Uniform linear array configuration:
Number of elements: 48
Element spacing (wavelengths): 0.75
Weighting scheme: binomial
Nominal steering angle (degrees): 15
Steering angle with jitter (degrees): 15.19
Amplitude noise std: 0.05
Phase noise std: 0.05

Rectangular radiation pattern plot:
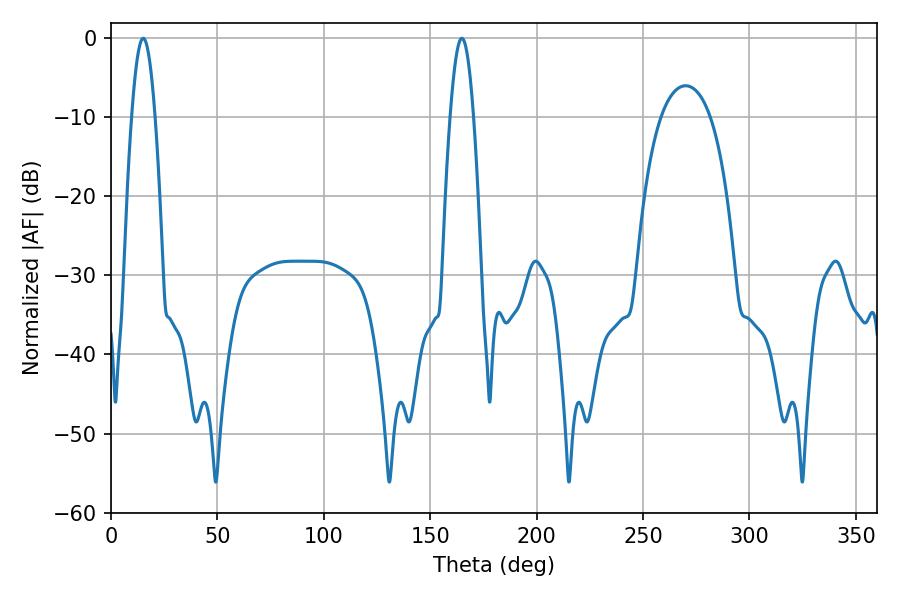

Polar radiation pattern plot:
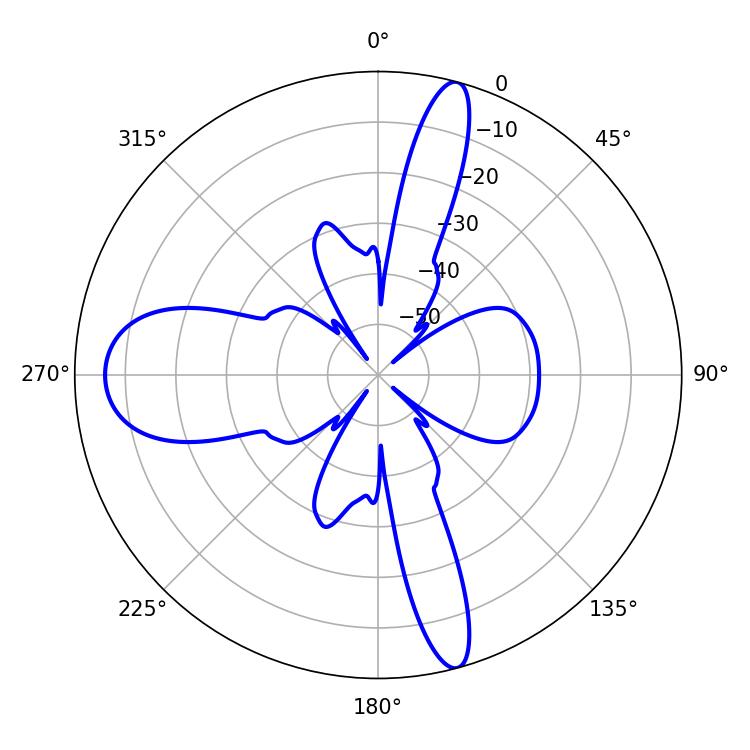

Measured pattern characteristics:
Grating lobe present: TRUE
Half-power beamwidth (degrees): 5.94
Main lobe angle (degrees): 15.12